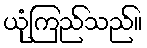
ယုံကြည်သည်။